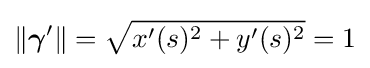
\|{\boldsymbol {\gamma }}'\|={\sqrt {x'(s)^{2}+y'(s)^{2}}}=1